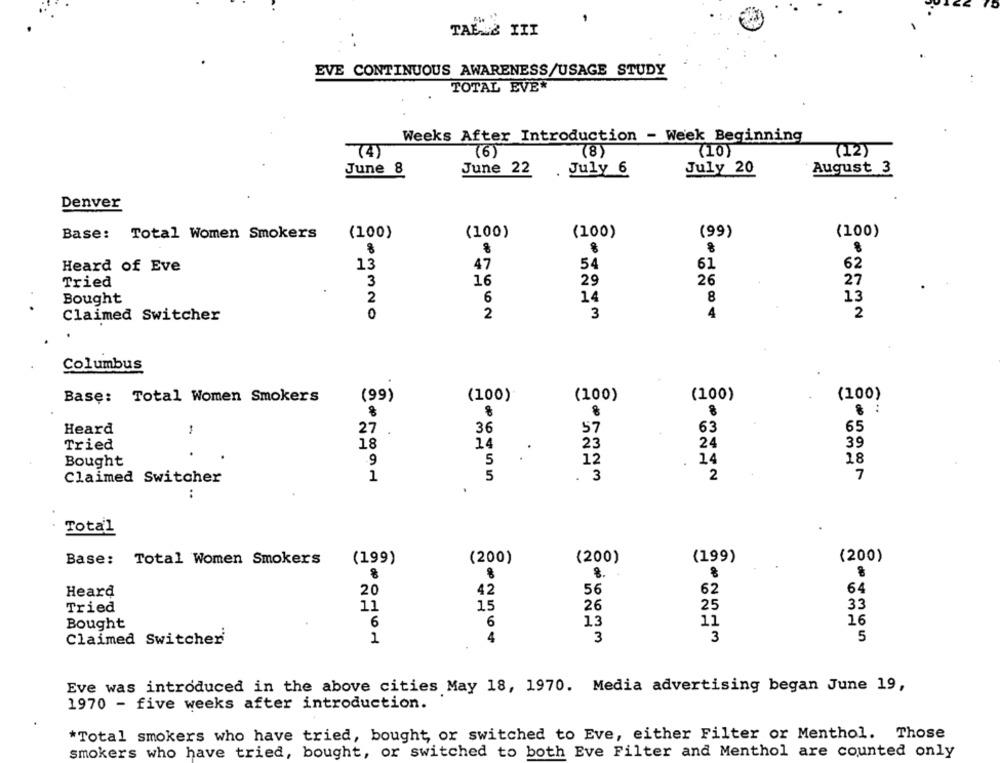
TAŁ & III
EVE CONTINUOUS AWARENESS/USAGE STUDY
TOTAL EVER
Weeks After Introduction - Week Beginning
74)
(8)
(10)
(12)
June 8
June 22 .July 6
July 20
August 3
Denver
Base: Total Women Smokers
(100)
(100)
(100)
(99)
(100)
Heard of Eve
13
47
54
61
62
Tried
3
16
29
26
27
2
6
14
8
13
Bought
0
2
4
2
Claimed Switcher
3
Columbus
(99)
(100)
(100)
(100)
(100)
Base: Total Women Smokers
8
8
8
..
36
57
63
65
Heard
27
23
24
39
Tried
18
14
14
18
Bought
9
5
12
Claimed Switcher
1
5
. 3
2
7
..
Total
(199)
(200)
Base: Total Women Smokers
(199)
(200)
(200)
8.
8
Heard
20
42
56
62
64
Tried
11
15
26
25
33
Bought
6
6
13
11
16
Claimed Switcher
1
4
3
3
5
Eve was introduced in the above cities May 18, 1970. Media advertising began June 19,
1970 - five weeks after introduction.
*Total smokers who have tried, bought, or switched to Eve, either Filter or Menthol. Those
smokers who have tried, bought, or switched to both Eve Filter and Menthol are counted only